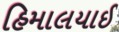
હિમાલયાઈ